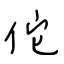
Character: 佗